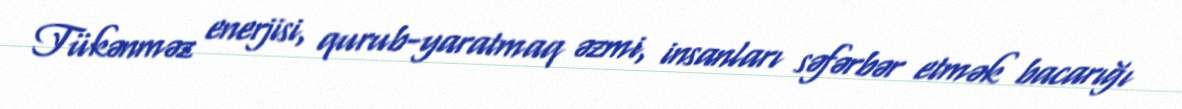
Tükənməz enerjisi, qurub-yaratmaq əzmi, insanları səfərbər etmək bacarığı